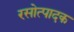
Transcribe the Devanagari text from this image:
रसोत्पादक